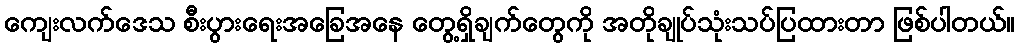
ကျေးလက်ဒေသ စီးပွားရေးအခြေအနေ တွေ့ရှိချက်တွေကို အတိုချုပ်သုံးသပ်ပြထားတာ ဖြစ်ပါတယ်။